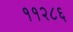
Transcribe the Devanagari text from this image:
११२८६